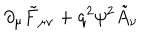
LaTeX: \partial _ { \mu } \tilde { F } _ { \mu \nu } + q ^ { 2 } \psi ^ { 2 } \tilde { A } _ { \nu }